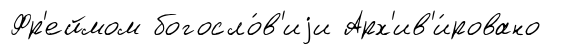
Фр'еймом богосло́в'иjи Арх'ив'и́ровано